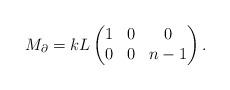
LaTeX: \begin{align*}M_{\partial}=kL\begin{pmatrix}1&0&0\\0&0&n-1\end{pmatrix}.\end{align*}